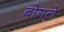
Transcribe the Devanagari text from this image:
बोगले